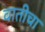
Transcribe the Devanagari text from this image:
वातीचा